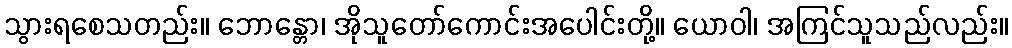
သွားရစေသတည်း။ ဘောန္တော၊ အိုသူတော်ကောင်းအပေါင်းတို့။ ယောဝါ၊ အကြင်သူသည်လည်း။